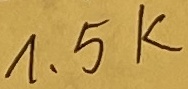
Text: 1,5K